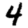
Digit: 4